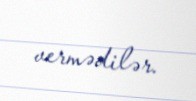
vermədilər.